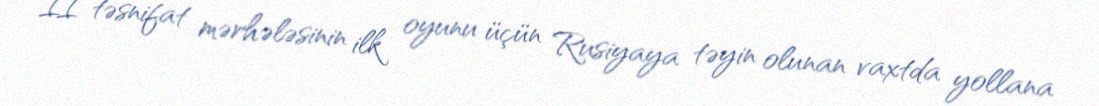
II təsnifat mərhələsinin ilk oyunu üçün Rusiyaya təyin olunan vaxtda yollana